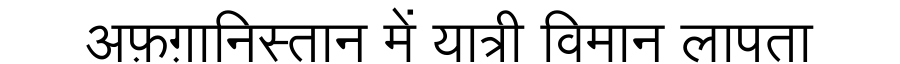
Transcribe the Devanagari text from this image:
अफ़ग़ानिस्तान में यात्री विमान लापता